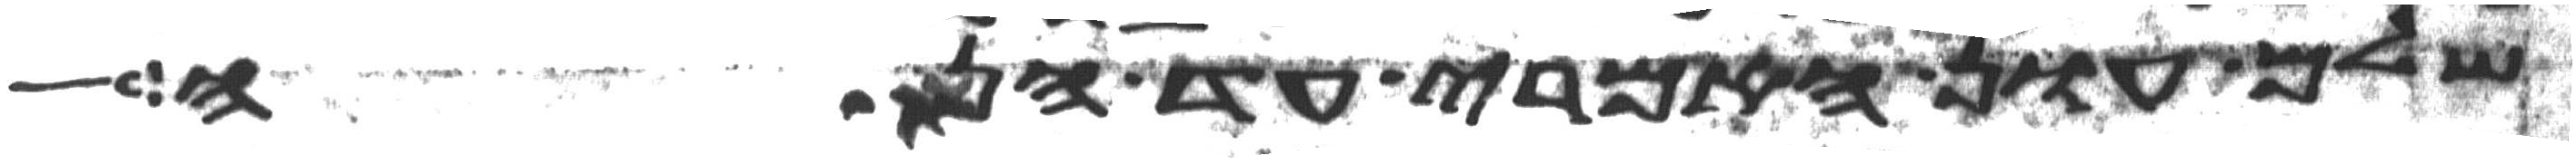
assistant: שלם עון האמרי עד הנה